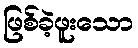
ဖြစ်ခဲ့ဖူးသော